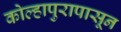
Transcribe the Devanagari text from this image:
कोल्हापुरापासून